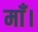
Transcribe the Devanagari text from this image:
माँ।